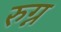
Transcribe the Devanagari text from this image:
रुग्न